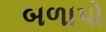
બળાપો